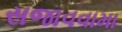
સજાવવામા